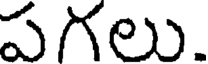
పగలు.